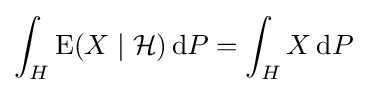
\int _{H}\operatorname {E} (X\mid {\mathcal {H}})\,\mathrm {d} P=\int _{H}X\,\mathrm {d} P